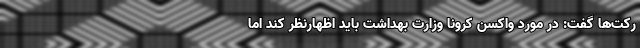
رکت‌ها گفت: در مورد واکسن کرونا وزارت بهداشت باید اظهارنظر کند اما